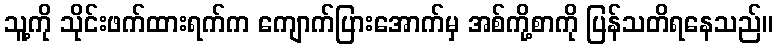
သူ့ကို သိုင်းဖက်ထားရက်က ကျောက်ပြားအောက်မှ အစ်ကို့စာကို ပြန်သတိရနေသည်။